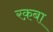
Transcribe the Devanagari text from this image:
रक़बा